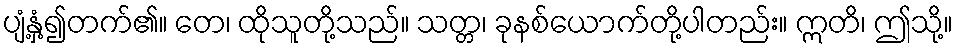
ပျံ့နှံ့၍တက်၏။ တေ၊ ထိုသူတို့သည်။ သတ္တ၊ ခုနစ်ယောက်တို့ပါတည်း။ ဣတိ၊ ဤသို့။